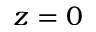
z = 0